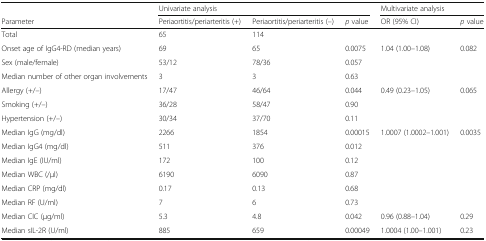
|  | <COLSPAN=3> Univariate analysis | <COLSPAN=2> Multivariate analysis |
 | Parameter | Periaortitis/periarteritis (+) | Periaortitis/periarteritis (–) | p value | OR (95% CI) | p value |
 | --- | --- | --- | --- | --- | --- |
 | Total | 65 | 114 |  |  |  |
 | Onset age of IgG4-RD (median years) | 69 | 65 | 0.0075 | 1.04 (1.00–1.08) | 0.082 |
 | Sex (male/female) | 53/12 | 78/36 | 0.057 |  |  |
 | Median number of other organ involvements | 3 | 3 | 0.63 |  |  |
 | Allergy (+/–) | 17/47 | 46/64 | 0.044 | 0.49 (0.23–1.05) | 0.065 |
 | Smoking (+/–) | 36/28 | 58/47 | 0.90 |  |  |
 | Hypertension (+/–) | 30/34 | 37/70 | 0.11 |  |  |
 | Median IgG (mg/dl) | 2266 | 1854 | 0.00015 | 1.0007 (1.0002–1.001) | 0.0035 |
 | Median IgG4 (mg/dl) | 511 | 376 | 0.012 |  |  |
 | Median IgE (IU/ml) | 172 | 100 | 0.12 |  |  |
 | Median WBC (/μl) | 6190 | 6090 | 0.87 |  |  |
 | Median CRP (mg/dl) | 0.17 | 0.13 | 0.68 |  |  |
 | Median RF (U/ml) | 7 | 6 | 0.73 |  |  |
 | Median CIC (μg/ml) | 5.3 | 4.8 | 0.042 | 0.96 (0.88–1.04) | 0.29 |
 | Median sIL-2R (U/ml) | 885 | 659 | 0.00049 | 1.0004 (1.00–1.001) | 0.23 |